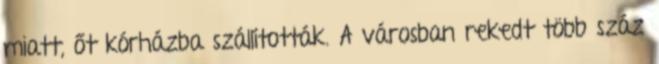
miatt, őt kórházba szállították. A városban rekedt több száz